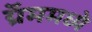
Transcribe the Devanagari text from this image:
ग्रॅममध्ये